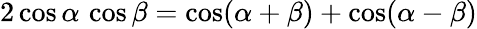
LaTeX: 2\cos\alpha\, \cos\beta=\cos(\alpha+\beta)+\cos(\alpha-\beta)